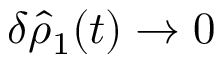
\delta \hat { \rho } _ { 1 } ( t ) \to 0